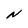
Character: N